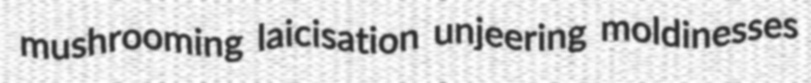
mushrooming laicisation unjeering moldinesses